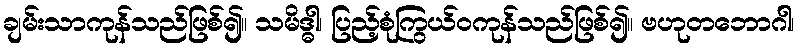
ချမ်းသာကုန်သည်ဖြစ်၍။ သမိဒ္ဓါ၊ ပြည့်စုံကြွယ်ဝကုန်သည်ဖြစ်၍။ ဗဟုတဘောဂါ၊